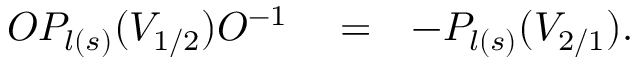
\begin{array} { r l r } { { \cal { O } } P _ { l ( s ) } ( V _ { 1 / 2 } ) { \cal { O } } ^ { - 1 } } & { { } = } & { - P _ { l ( s ) } ( V _ { 2 / 1 } ) . } \end{array}